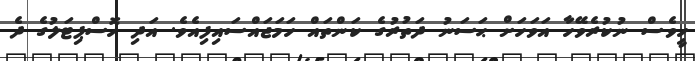
ހީވެސް ނުކުރެވޭހާ އަވަހަށް ޙަސަނު ދަތުރުގެ ކަންތައް ހަމަޖައްސައިފިއެވެ. އަދި ހޮސްޕިޓަލުގެ ދެ